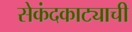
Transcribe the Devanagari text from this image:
सेकंदकाट्याची